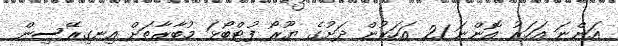
އަންނަ އަހަރު އޮންނަ 21 އަހަރުން ދަށުގެ ޔޫރޯ ފުޓްބޯޅަ މުބާރާތަށް އިނގިރޭސިން